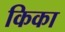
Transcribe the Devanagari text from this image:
किका